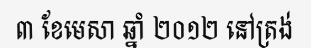
៣ ខែមេសា ឆ្នាំ ២០១២ នៅត្រង់